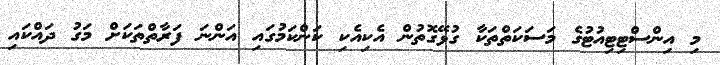
މި އިންސްޓިޓިއުޓުގެ މަސަކަތްތަކާ ގުޅޭގޮތުން އެކިއެކި ކަންކަމުގައި އަންނަ ފަރާތްތަކަށް މަގު ދައްކައި